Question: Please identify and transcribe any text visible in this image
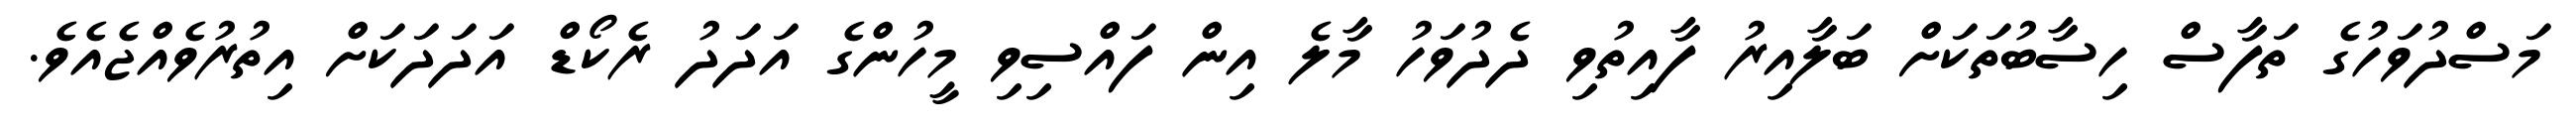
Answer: މަސްދުވަހުގެ ތަފާސް ހިސާބުތަކަށް ބަލާއިރު ފާއިތުވި ދެދުވަހު މާލެ އިން ފައްސިވި މީހުންގެ އަދަދު ރެކޯޑް އަދަދަކަށް އިތުރުވެއްޖެއެވެ.